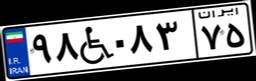
۹۸W۰۸۳۷۵